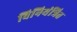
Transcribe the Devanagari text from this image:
विनियंत्रित